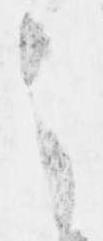
之